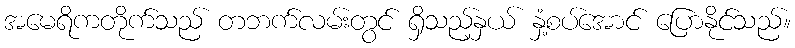
အမေရိကတိုက်သည် တဘက်လမ်းတွင် ရှိသည့်နှယ် နှံ့စပ်အောင် ပြောနိုင်သည်။